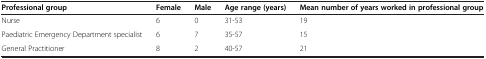
| Professional group | Female | Male | Age range (years) | Mean number of years worked in professional group |
 | --- | --- | --- | --- | --- |
 | Nurse | 6 | 0 | 31-53 | 19 |
 | Paediatric Emergency Department specialist | 6 | 7 | 35-57 | 15 |
 | General Practitioner | 8 | 2 | 40-57 | 21 |